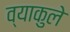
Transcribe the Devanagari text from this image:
व्याकुले